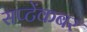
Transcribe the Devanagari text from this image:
सप्टेंकबर